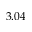
3 . 0 4